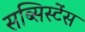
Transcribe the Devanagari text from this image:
सब्सिस्टेंस